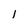
Character: l